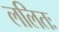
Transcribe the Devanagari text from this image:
ललितः